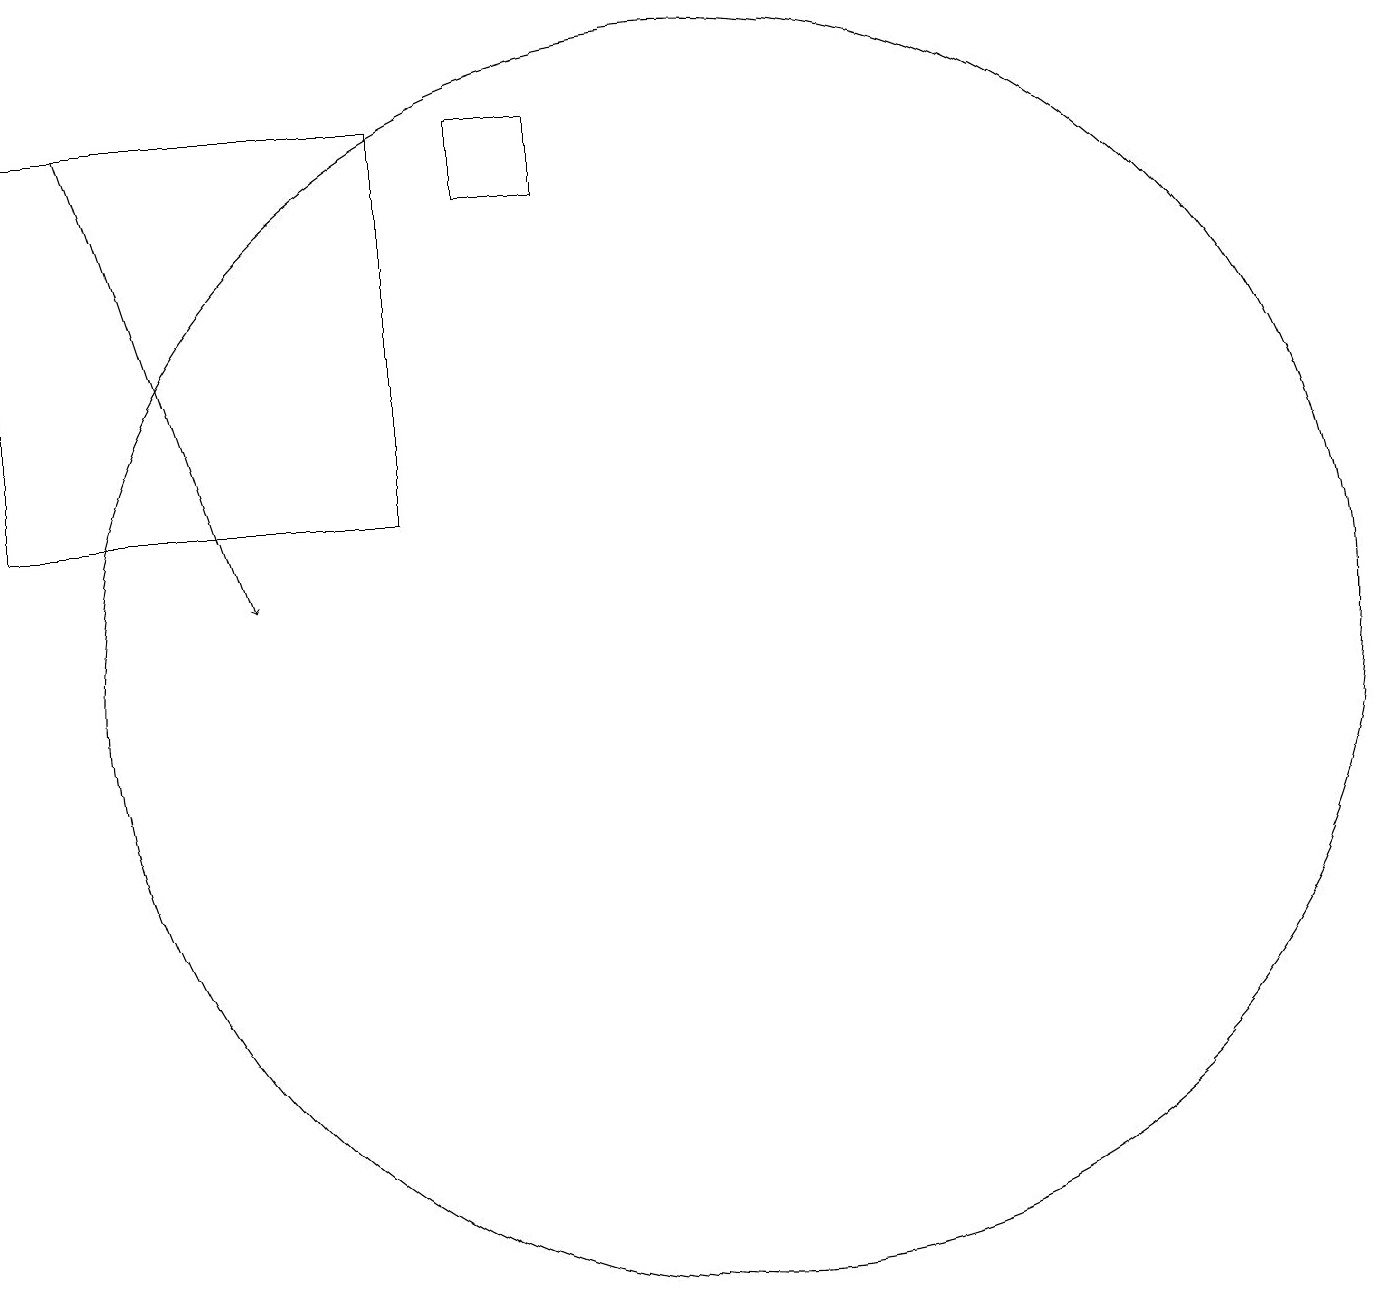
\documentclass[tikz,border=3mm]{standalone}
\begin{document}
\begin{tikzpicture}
\draw (11,11) circle (8);
\draw[->] (3,18) -- (5,12);
\draw (7,18) rectangle (2,13);
\draw (9,17) rectangle (8,18);
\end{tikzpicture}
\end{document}